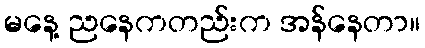
မနေ့ ညနေကတည်းက အန်နေတာ။